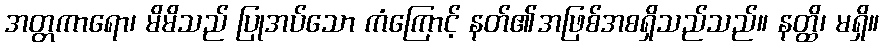
အတ္တကာရော၊ မိမိသည် ပြုအပ်သော ကံကြောင့် နတ်၏အဖြစ်အစရှိသည်သည်။ နတ္ထိ၊ မရှိ။